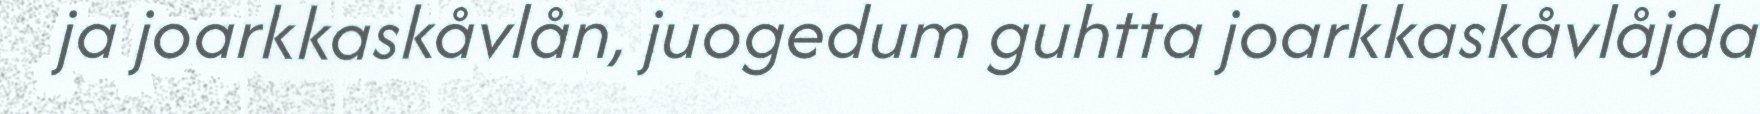
ja joarkkaskåvlån, juogedum guhtta joarkkaskåvlåjda